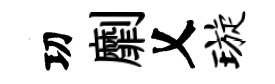
㓛劘乂璇